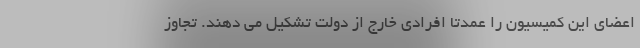
اعضای این کمیسیون را عمدتا افرادی خارج از دولت تشکیل می ‌دهند. تجاوز